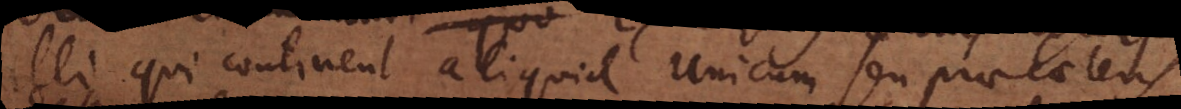
illi qui continent aliquid unicum seu prae caeteris